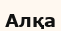
Алқа